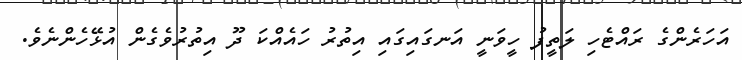
އަހަރެންގެ ރައްޓެހި ލަތީފު ހީވަނީ އަނގައިގައި އިތުރު ހައެއްކަ ދޫ އިތުރުވެގެން އުޅޭހެންނެވެ.